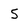
Character: 5